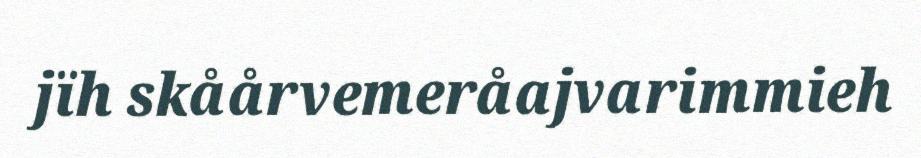
jïh skåårvemeråajvarimmieh